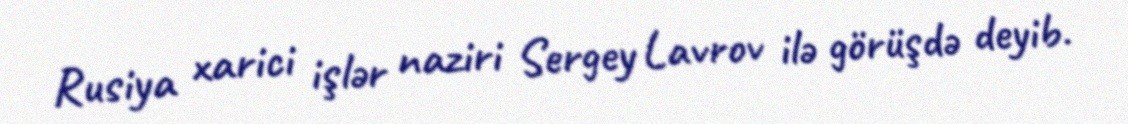
Rusiya xarici işlər naziri Sergey Lavrov ilə görüşdə deyib.